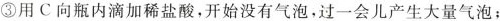
③用C向瓶内滴加稀盐酸，开始没有气泡，过一会儿产生大量气泡；